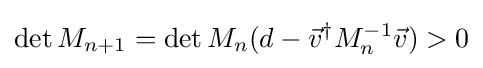
\det M_{n+1}=\det M_{n}(d-{\vec {v}}^{\dagger }M_{n}^{-1}{\vec {v}})>0